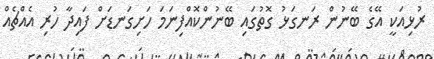
ރުޅިއަކީ އޭގެ ބޭނުން ރަނގަޅު ގޮތުގައި ބޭނުންކޮއްފިނަމަ ހަށިގަނޑަށް ފައިދާ ހުރި އެއްޗެއް